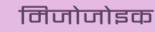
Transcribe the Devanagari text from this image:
मिजोजोइक